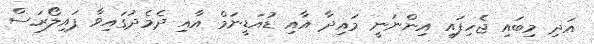
އަދި މިބައި ޖެހިފައި އިންނަނީ މައިދާ އާއި ޑުއަޑީނަމް އާއި ދެމެދުގައިވާ ޕައިލޯރަސް